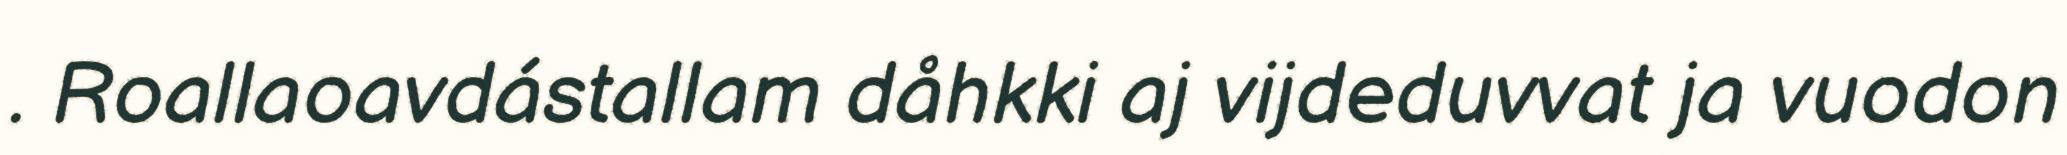
. Roallaoavdástallam dåhkki aj vijdeduvvat ja vuodon